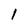
Character: 1